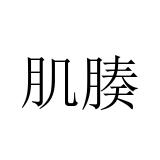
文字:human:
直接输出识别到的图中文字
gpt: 肌腠